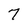
Character: 7